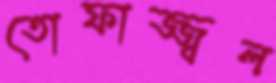
তোফাজ্জ্বল